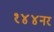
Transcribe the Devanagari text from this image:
१४४नर